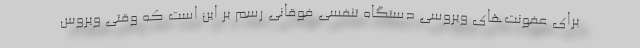
برای عفونت‌های ویروسی دستگاه تنفسی فوقانی رسم بر این است که وقتی ویروس